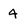
Character: 4